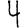
Digit: 4